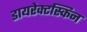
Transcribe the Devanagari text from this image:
डायरेक्टस्किन